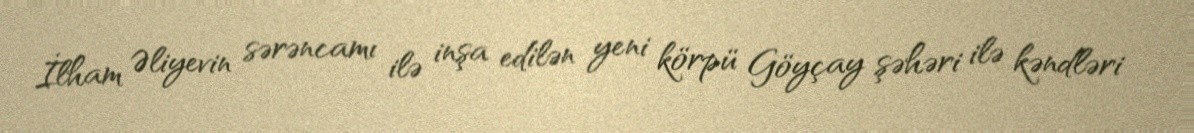
İlham Əliyevin sərəncamı ilə inşa edilən yeni körpü Göyçay şəhəri ilə kəndləri